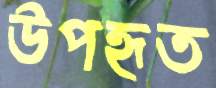
উপহৃত